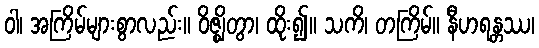
ဝါ၊ အကြိမ်များစွာလည်း။ ဝိဇ္ဈိတွာ၊ ထိုး၍။ သကိ၊ တကြိမ်။ နီဟရန္တဿ၊